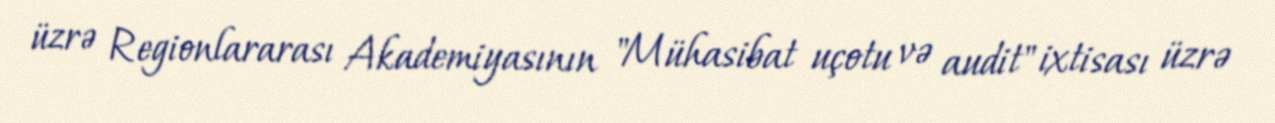
üzrə Regionlararası Akademiyasının "Mühasibat uçotu və audit" ixtisası üzrə